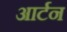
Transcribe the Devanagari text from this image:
आर्टन